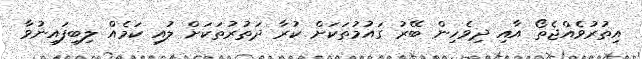
އިތުރުވެއްޖެތޯ އާއި ދިވެހިން ބޭރު ގައުމުތަކަށް ކުރާ ދަތުރުތަކަށް ލުއި ކަމެއް ލިބިފައިނުވާ